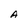
Character: A